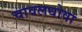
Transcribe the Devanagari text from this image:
चावलधोवा